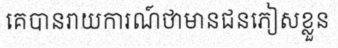
គេបានរាយការណ៍ថាមានជនភៀសខ្លួន